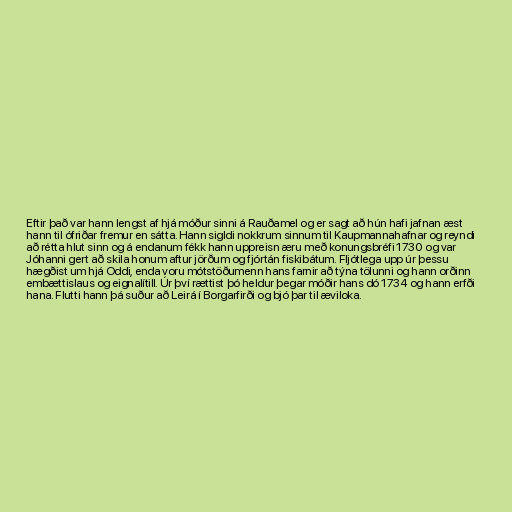
Eftir það var hann lengst af hjá móður sinni á Rauðamel og er sagt að hún hafi jafnan æst
hann til ófriðar fremur en sátta. Hann sigldi nokkrum sinnum til Kaupmannahafnar og reyndi
að rétta hlut sinn og á endanum fékk hann uppreisn æru með konungsbréfi 1730 og var
Jóhanni gert að skila honum aftur jörðum og fjórtán fiskibátum. Fljótlega upp úr þessu
hægðist um hjá Oddi, enda voru mótstöðumenn hans farnir að týna tölunni og hann orðinn
embættislaus og eignalítill. Úr því rættist þó heldur þegar móðir hans dó 1734 og hann erfði
hana. Flutti hann þá suður að Leirá í Borgarfirði og bjó þar til æviloka.